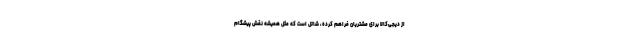
از دیجی‌کالا برای مشتریان فراهم کرده، شاتل است که مثل همیشه نقش پیشگام